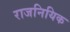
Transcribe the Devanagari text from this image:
राजनियिक